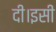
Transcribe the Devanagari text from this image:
दी।इसी